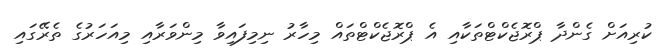
ކުރިއަށް ގެންދާ ޕްރޮޖެކްޓްތަކާއި އެ ޕްރޮޖެކްޓްތައް މިހާރު ނިމިފައިވާ މިންވަރާއި މިއަހަރުގެ ތެރޭގައި